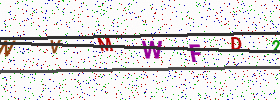
Text: NVMWFD2